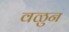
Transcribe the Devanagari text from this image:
वळुन